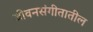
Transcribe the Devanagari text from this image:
जीवनसंगीतातील